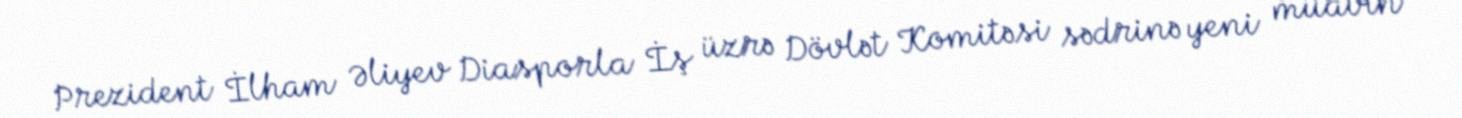
Prezident İlham Əliyev Diasporla İş üzrə Dövlət Komitəsi sədrinə yeni müavin